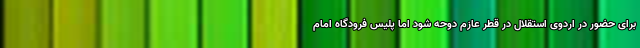
برای حضور در اردوی استقلال در قطر عازم دوحه شود اما پلیس فرودگاه امام